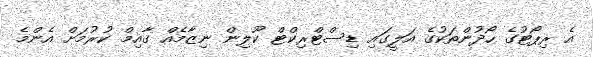
އެ ރިޕޯޓުގެ ހޯދުންތަކުގެ އަލީގައި ޑިސްޓްރިކްޓް ކޫލިން ނިޒާމެއް ގާއިމް ކުރުމަށް އެންމެ